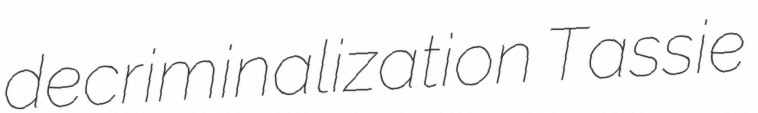
decriminalization Tassie